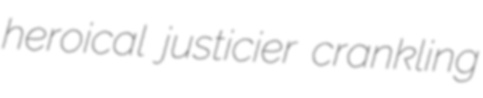
heroical justicier crankling